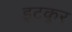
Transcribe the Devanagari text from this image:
इटकूर